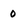
Character: 0